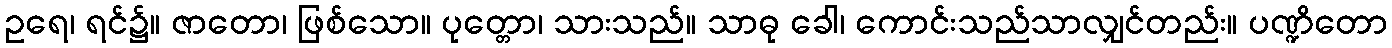
ဥရေ၊ ရင်၌။ ဇာတော၊ ဖြစ်သော။ ပုတ္တော၊ သားသည်။ သာဓု ခေါ၊ ကောင်းသည်သာလျှင်တည်း။ ပဏ္ဍိတော